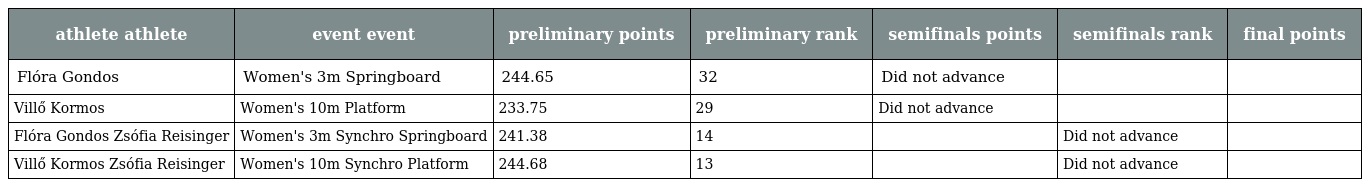
| athlete athlete | event event | preliminary points | preliminary rank | semifinals points | semifinals rank | final points |
 | --- | --- | --- | --- | --- | --- | --- |
 | Flóra Gondos | Women's 3m Springboard | 244.65 | 32 | Did not advance |  |  |
 | Villő Kormos | Women's 10m Platform | 233.75 | 29 | Did not advance |  |  |
 | Flóra Gondos Zsófia Reisinger | Women's 3m Synchro Springboard | 241.38 | 14 |  | Did not advance |  |
 | Villő Kormos Zsófia Reisinger | Women's 10m Synchro Platform | 244.68 | 13 |  | Did not advance |  |